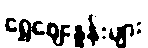
ရွှေဈေးနှုန်းများ